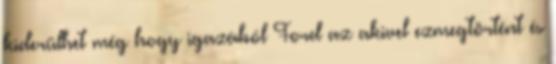
kiderülhet még hogy igazából Ford az akivel ezmegtörtént és